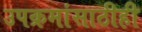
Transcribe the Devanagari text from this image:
उपक्रमांसाठीही